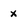
Character: x